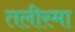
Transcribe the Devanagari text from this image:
तलीस्‍मा